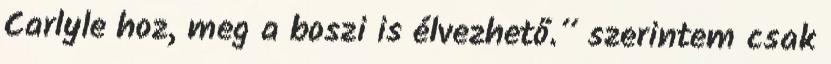
Carlyle hoz, meg a boszi is élvezhető.” szerintem csak